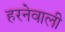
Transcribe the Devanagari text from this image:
हरनेवाली